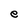
Character: e